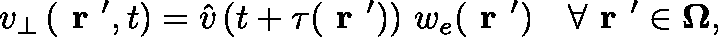
v _ { \bot } \left( \textbf { r } ^ { \prime } , t \right) = \hat { v } \left( t + \tau ( \textbf { r } ^ { \prime } ) \right) \, w _ { e } ( \textbf { r } ^ { \prime } ) \quad \forall \textbf { r } ^ { \prime } \in \mathbf { \Omega } ,